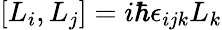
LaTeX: [L_{i},L_{j}]=i\hbar{\epsilon_{ijk}}L_{k}